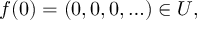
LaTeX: f ( 0 ) = ( 0 , 0 , 0 , \ldots ) \in U ,